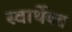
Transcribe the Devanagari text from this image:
स्वार्थेयत